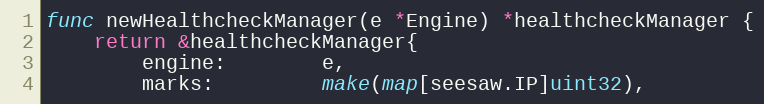
Language: Go
func newHealthcheckManager(e *Engine) *healthcheckManager {
	return &healthcheckManager{
		engine:        e,
		marks:         make(map[seesaw.IP]uint32),